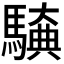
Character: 𮪖